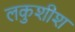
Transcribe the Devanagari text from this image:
लकुशीश